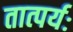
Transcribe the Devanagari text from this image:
तात्पर्यः